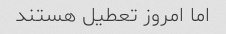
اما امروز تعطیل هستند